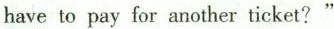
have to pay for another ticket?"